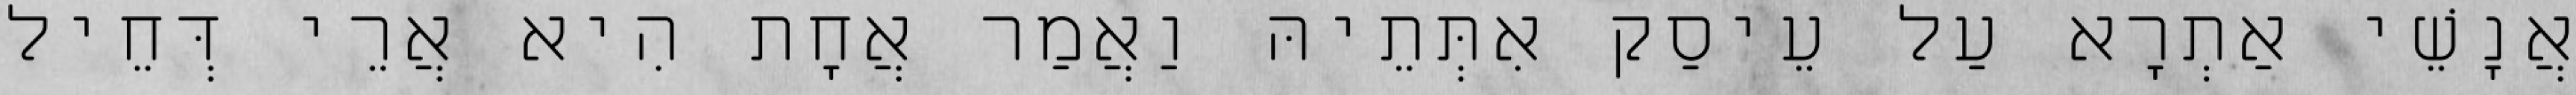
אֲנָשֵׁי אַתְרָא עַל עֵיסַק אִתְּתֵיהּ וַאֲמַר אֲחָת הִיא אֲרֵי דְּחֵיל